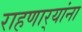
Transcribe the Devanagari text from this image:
राहणार्‍यांना